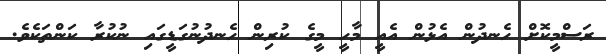
ރަސްމީކޮށް ހެނދުން އެޅުން އެއީ މާހީ މީގެ ކުރިން ހެނދުނުގަޑީގައި ނުކުރާ ކަންތަކެވެ.